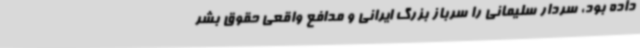
داده بود، سردار سلیمانی را سرباز بزرگ ایرانی و مدافع واقعی حقوق بشر